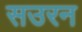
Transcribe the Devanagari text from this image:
सउरन